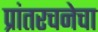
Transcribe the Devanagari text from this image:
प्रांतरचनेचा